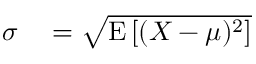
\begin{array} { r l } { \sigma } & { { } = { \sqrt { \operatorname { E } \left[ ( X - \mu ) ^ { 2 } \right] } } } \end{array}